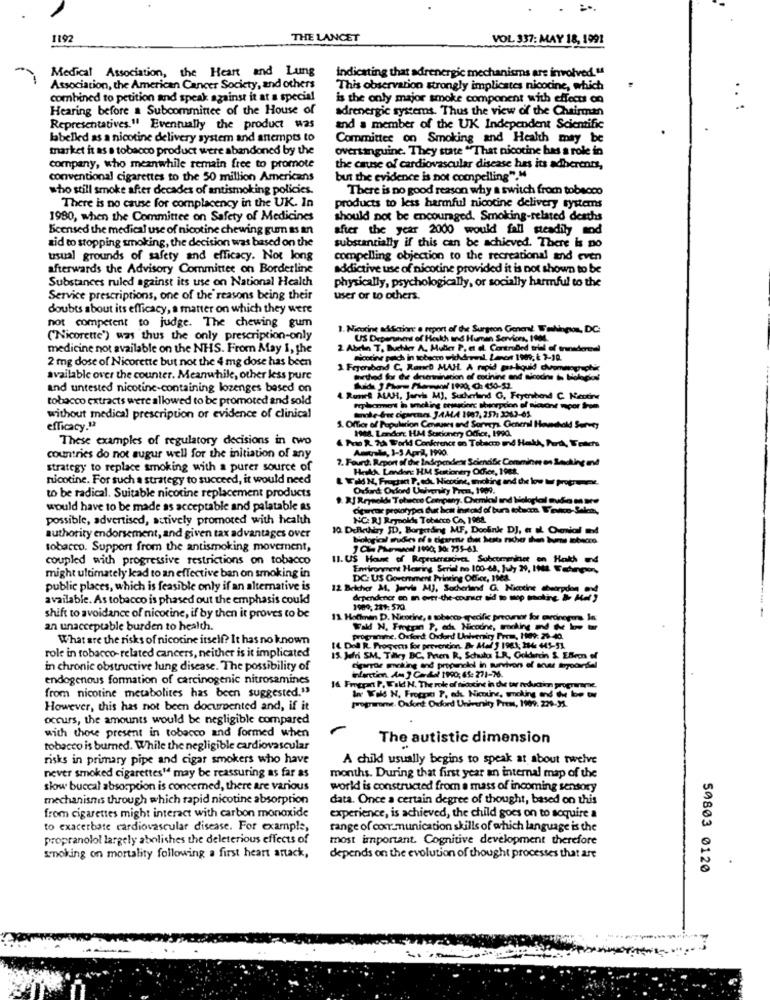
1192
THE LANCET
VOL 337: MAY 18, 1991
Medical Association, the Heart and Lung
indicating that adrenergic mechanisms are involved. "
Association, the American Cancer Society, and others
This observation strongly implicates nicotine, which
combined to petition and speak against it at a special
is the only major smoke component with effects on
Hearing before a Subcommittee of the House of
adrenergic systems. Thus the view of the Chairman
Representatives." Eventually the product was
and a member of the UK Independent Scientific
labelled as a nicotine delivery system and antempts to
Committee on Smoking and Health may be
market it as a tobacco product were abandoned by the
overtinguine. They state "That nicotine has a role in
company, who meanwhile remain free to promote
the cause of cardiovascular disease has its adherents,
conventional cigarettes to the 50 million Americans
but the evidence is not compelling"."
who still smoke after decades of antismoking policies.
There is no good reason why a switch from tobacco
There is no cause for complacency in the UK. In
products to less harmful nicotine delivery systems
1980, when the Committee on Safety of Medicines
should not be encouraged, Smoking-related deaths
Beensed the medical use of nicotine chewing gum as an
after the year 2000 would fall steadily and
tid to stopping smoking, the decision was based on the
substantially if this can be achieved. There is no
usual grounds of safety and efficacy. Not long
compelling objection to the recreational and even
afterwards the Advisory Committee on Borderline
addictive use of nicotine provided it is not shown to be
Substances ruled against its use on National Health
physically, psychologically, or socially harmful to the
Service prescriptions, one of the' reasons being their
user or to others.
doubts about its efficacy, a matter on which they were
not competent to judge. The chewing gum
1. Nicotine afSalon e report of the Surgeon General TaNings, DC:
("Nicorette") was thus the only prescription-only
US Depertinent of Health and Human Services, 19ML
medicine not available on the NHS. From May I, the
2. Abrin T. Buehler A. Muller P, et al. Controled trial of transdoreal
2 mg dose of Nicorette but not the 4 mg dose has been
nicotine pulch in tobacco sichdernl, Lanorr 1989; i: 2-10.
1 Feyeraband C. RanD MAIL A rapid mas-liquid
available over the counter. Meanwhile, other less pure
Guthod for de dnierinination of counine and winedn
and untested nicotine-containing lozenges based on
tobacco extracts were allowed to be promoted and sold
4 Ronet ALAH, Jarvis MJ, Sutherland G, Feyerabend
tothe free cigarenes 34ALA 1987, 257: 3363-65
without medical prescription or evidence of clinical
3. Office of Population Censuses and Sorveys General H
efficacy.12
YoMA, Lenders HM Sessionery Odhice, 199d.
These examples of regulatory decisions in two
& Pras R. 7th World Conference on Tabacm and HakA,
Amcrata, 1-3 April, 1990
countries do not sugur well for the initiation of any
7. Fourd. Report of die Independen
dend
mming
strategy to replace smoking with a purer source of
Heath Landen: HM Stationery Office, 1968.
nicotine. For such a strategy to succeed, it would need
Wald N, Frechet P. eck. Nicotine, mioting and de low - programe
Oxford Oxford University Press, 1999.
to be radical. Suitable nicotine replacement products
would have to be made as acceptable and palatable as
possible, advertised, actively promoted with health
NC: RJ Reynolds Tobacco Ce, 1961.
10 DeRechtry ID, Borgerding MF, Doolink DJ, a ol. Omial mt
authority endorsement, and given tax advantages over
tobacco. Support from the antismoking movement,
coupled with progressive restrictions on tobacco
11. US House of Repecercacivet Subcomeiner on Hath md
Environment Hearing Serial no 100-68, July 29, INM. Fadingson,
might ultimately kad to an effective ban on smoking in
DC: US Government Printing Office, The2.
public places, which is feasible only if an alternative is
12 Belcher M4, Wervie MJ, Suchierland G. Nicotine chuorpdon, and
available. As tobacco is phased out the emphasis could
dependener en a over-the -counter aid to top making &- Mel )
1900, 241: 570.
shift to avoidance of nicotine, if by then it proves to be
12 Hodinen D. Nicotine, a tobacco erecife procurer for carcinorun, la
an unacceptable burden to health.
Wald N. Freepan P, adı Nicodre, making nd & how tur
What are the risks of nicotine itself? It has no known
programme, Oxford Oxford Univeniry Prom, 1109: 29-40.
role in tobacco- related cancers, neither is it implicated
14 Del R. Progect for prevention. Br Ated 1 1983; 384 445-51.
15. Jefri SM, Tilley BC, Peter R, Schuhs LR, Goldharcin & EBeen of
in chronic obstructive lung disease. The possibility of
Cigarrar smoking and propanelel in survivon of anst troondal
endogenous formation of carcinogenic nitrosamines
infarction Am J Cado 1990; 65: 271-76.
from nicotine metabolites has been suggested."
14 Frogpant P. Wald N. The role of nicotine in die tar neducion programme.
Ine Wold N. Froppe P, ad. Nicotine, moking and de bo tw
However, this has not been documented and, if it
prograrome. Oxford: Oxford University Prem, 1909. 229-32.
occurs, the amounts would be negligible compared
with those present in tobacco and formed when
The autistic dimension
tobacco is burned. While the negligible cardiovascular
risks in primary pipe and cigar smokers who have
A child usually begins to speak at about twelve
never smoked cigarettes1 may be reassuring as far as
months. During that first year an internal map of the
slow buccal absorption is concerned, there are various
world is constructed from a mass of incoming sensory
mechanisms through which rapid nicotine absorption
data. Once a certain degree of thought, based on this
from cigarettes might interact with carbon monoxide
experience, is achieved, the child goes on to acquire a
to exacerbate cardiovascular disease. For example,
range of communication skills of which language is the
propranolol largely abolishes the deleterious effects of
most important. Cognitive development therefore
smoking on mortality following a first heart attack,
depends on the evolution of thought processes that are
50803 0120